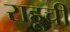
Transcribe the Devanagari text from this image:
राहूची